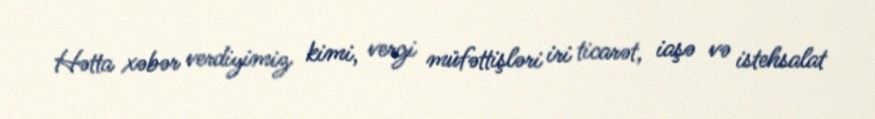
Hətta xəbər verdiyimiz kimi, vergi müfəttişləri iri ticarət, iaşə və istehsalat